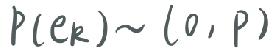
\[ P(e_k)\sim(0,P) \]